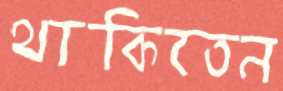
থাকিতেন